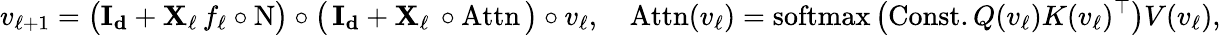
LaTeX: v_{\ell+1}=\big(\boldsymbol{\mathrm{I_{d}}}+\boldsymbol{\mathrm{X}}_{\ell}\, {f_{\ell}}\circ\mathrm{N}\big)\circ\big(\, \boldsymbol{\mathrm{I_{d}}}+\boldsymbol{\mathrm{X}}_{\ell}\, \circ\mathrm{Attn}\, \big)\circ v_{\ell},\quad\mathrm{Attn}(v_{\ell})=\mathrm{softmax}\left(\mathrm{Const.}\, Q(v_{\ell})K(v_{\ell})^{\top}\right)V(v_{\ell}),